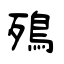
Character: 殦